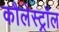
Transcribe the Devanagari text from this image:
कौलेस्ट्रॉल